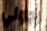
رجولي